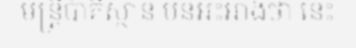
មន្ត្រីប៉ាគីស្ថាន បនអះអាងថា នេះ